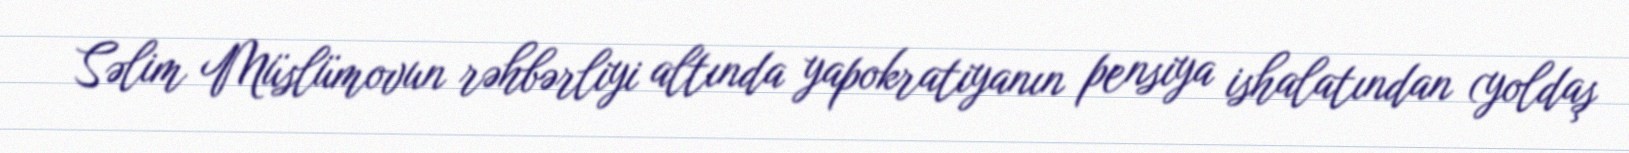
Səlim Müslümovun rəhbərliyi altında yapokratiyanın pensiya ishalatından (yoldaş